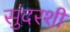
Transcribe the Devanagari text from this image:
सुंदरशी